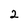
Character: 2